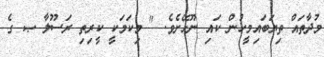
މުދާތައް ތިޔަބައިމީހުން ކައި ނޫޅޭށެވެ. " މިކަމަކީ ކީރިތި ރަސޫލާ ޞ ގެ